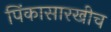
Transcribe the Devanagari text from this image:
पिंकासारखीच